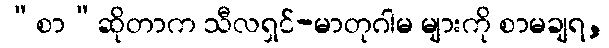
“စာ”ဆိုတာက သီလရှင်-မာတုဂါမ များကို စာမချရ,